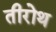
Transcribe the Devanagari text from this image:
तीरोथ